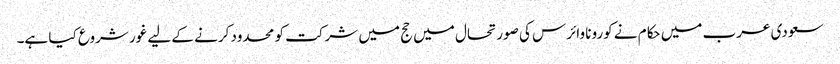
سعودی عرب میں حکام نے کورونا وائرس کی صورتحال میں حج میں شرکت کو محدود کرنے کے لیے غور شروع کیا ہے۔